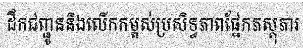
ដឹកជញ្ជូននិងលើកកម្ពស់ប្រសិទ្ធភាពផ្នែកភស្តុភារ